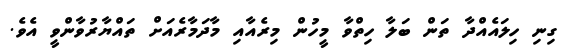
ގިނި ހިލައެއްދާ ތަން ބަލާ ހިތްވާ މީހުން މިރެއާއި މާދަމާރެއަށް ތައްޔާރުވާންވީ އެވެ.